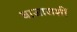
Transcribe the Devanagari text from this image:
बाजाराशीं